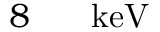
8 \ensuremath { \mathrm { ~ \textrm ~ { ~ \, ~ } ~ } } \ensuremath { \mathrm { k e V } }